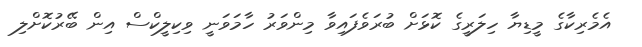
އެމެރިކާގެ މީޑިޔާ ހިލަރީގެ ކޮޅަށް ބުރަވެފައިވާ މިންވަރު ހާމަވަނީ ވިކިލީކްސް އިން ބޭރުކޮށްލި